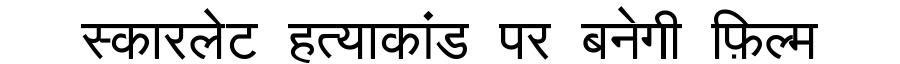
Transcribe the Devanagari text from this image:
स्कारलेट हत्याकांड पर बनेगी फ़िल्म